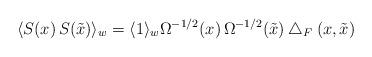
LaTeX: \begin{align*}\langle S(x)\,S(\tilde{x})\rangle_w=\langle1\rangle_w\Omega^{-1/2}(x)\,\Omega^{-1/2}(\tilde{x})\bigtriangleup_F(x,\tilde{x})\end{align*}